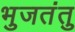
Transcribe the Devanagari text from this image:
भुजतंतु